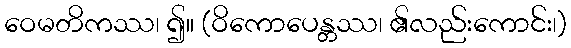
ဝေမတိကဿ၊ ၍။ (ဝိကောပေန္တဿ၊ ၏လည်းကောင်း၊)